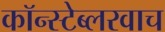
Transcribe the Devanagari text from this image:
कॉन्स्टेब्लरवाच